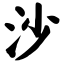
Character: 沙